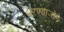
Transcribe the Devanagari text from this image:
धरण्याजोगे